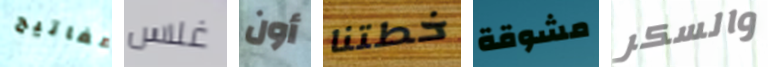
مفاتيح غلاس أون خطتنا مشوقة والسكر